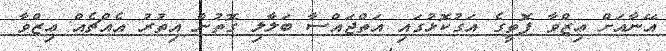
އޭނާއަށް ޢިޒްވާ ފޮތީގެ އަގުކޮޅުގައި އަތްޖައްސާ ބަލާލި ގޮތުން އިތުރު އެއްޗެއް ޢިޒްވާ